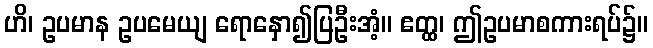
ဟိ၊ ဥပမာန ဥပမေယျ ရောနှော၍ပြဦးအံ့။ ဧတ္ထ၊ ဤဥပမာစကားရပ်၌။